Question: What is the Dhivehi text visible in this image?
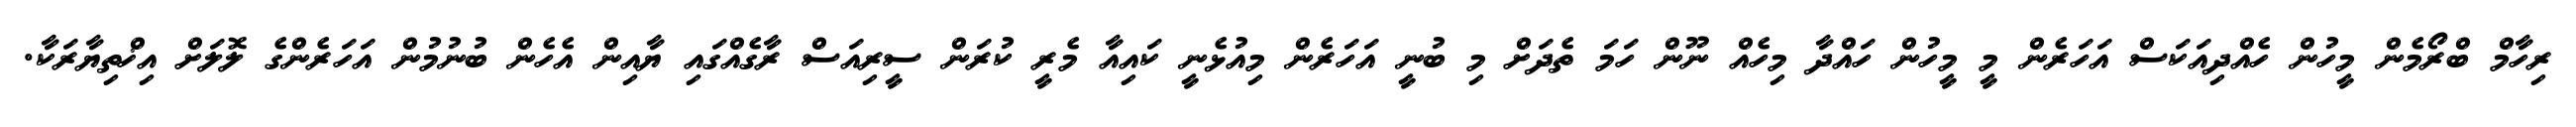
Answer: ރިހާމް ބްރޯމެން މީހުން ހެއްދިއަކަސް އަހަރެން މީ މީހުން ހައްދާ މިހެއް ނޫން ހަމަ ތެދަށް މި ބުނީ އަހަރެން މިއުޅެނީ ކައިއާ މެރީ ކުރަން ސީރިއަސް ރާގެއްގައި ޔާއިން އެހެން ބުނުމުން އަހަރެންގެ ލޮލަށް އިޚްތިޔާރަކާ.